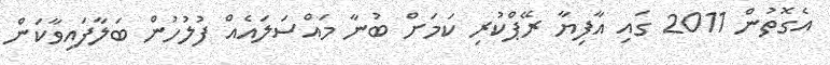
އެގޮތުން 2011 ގައި އާފިޔާ ރޭޕްކުރި ކަމަށް ބުނާ މައްސަލައެއް ފުލުހުން ބަލާފައިވާކަން